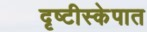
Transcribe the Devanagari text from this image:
दृष्टीस्केपात